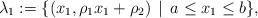
LaTeX: \begin{align*}\lambda_{1}:=\{(x_{1},\rho_{1}x_{1}+\rho_{2})\,\mid\, a\leq x_{1}\leq b\},\end{align*}